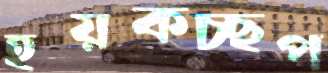
হয়কচ্ছপ